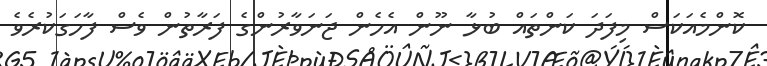
ކޮންމެއަކަސް މިފަދަ ކަންތައް ބުޅާ ނޫން އެހެން ޖަނަވާރުންގެ ފަރާތުން ވެސް ފާހަގަކުރެވެ